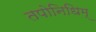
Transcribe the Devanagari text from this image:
तपोनिधिम्